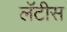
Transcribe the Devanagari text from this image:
लॅटीस